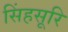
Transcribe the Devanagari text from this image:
सिंहसूरि